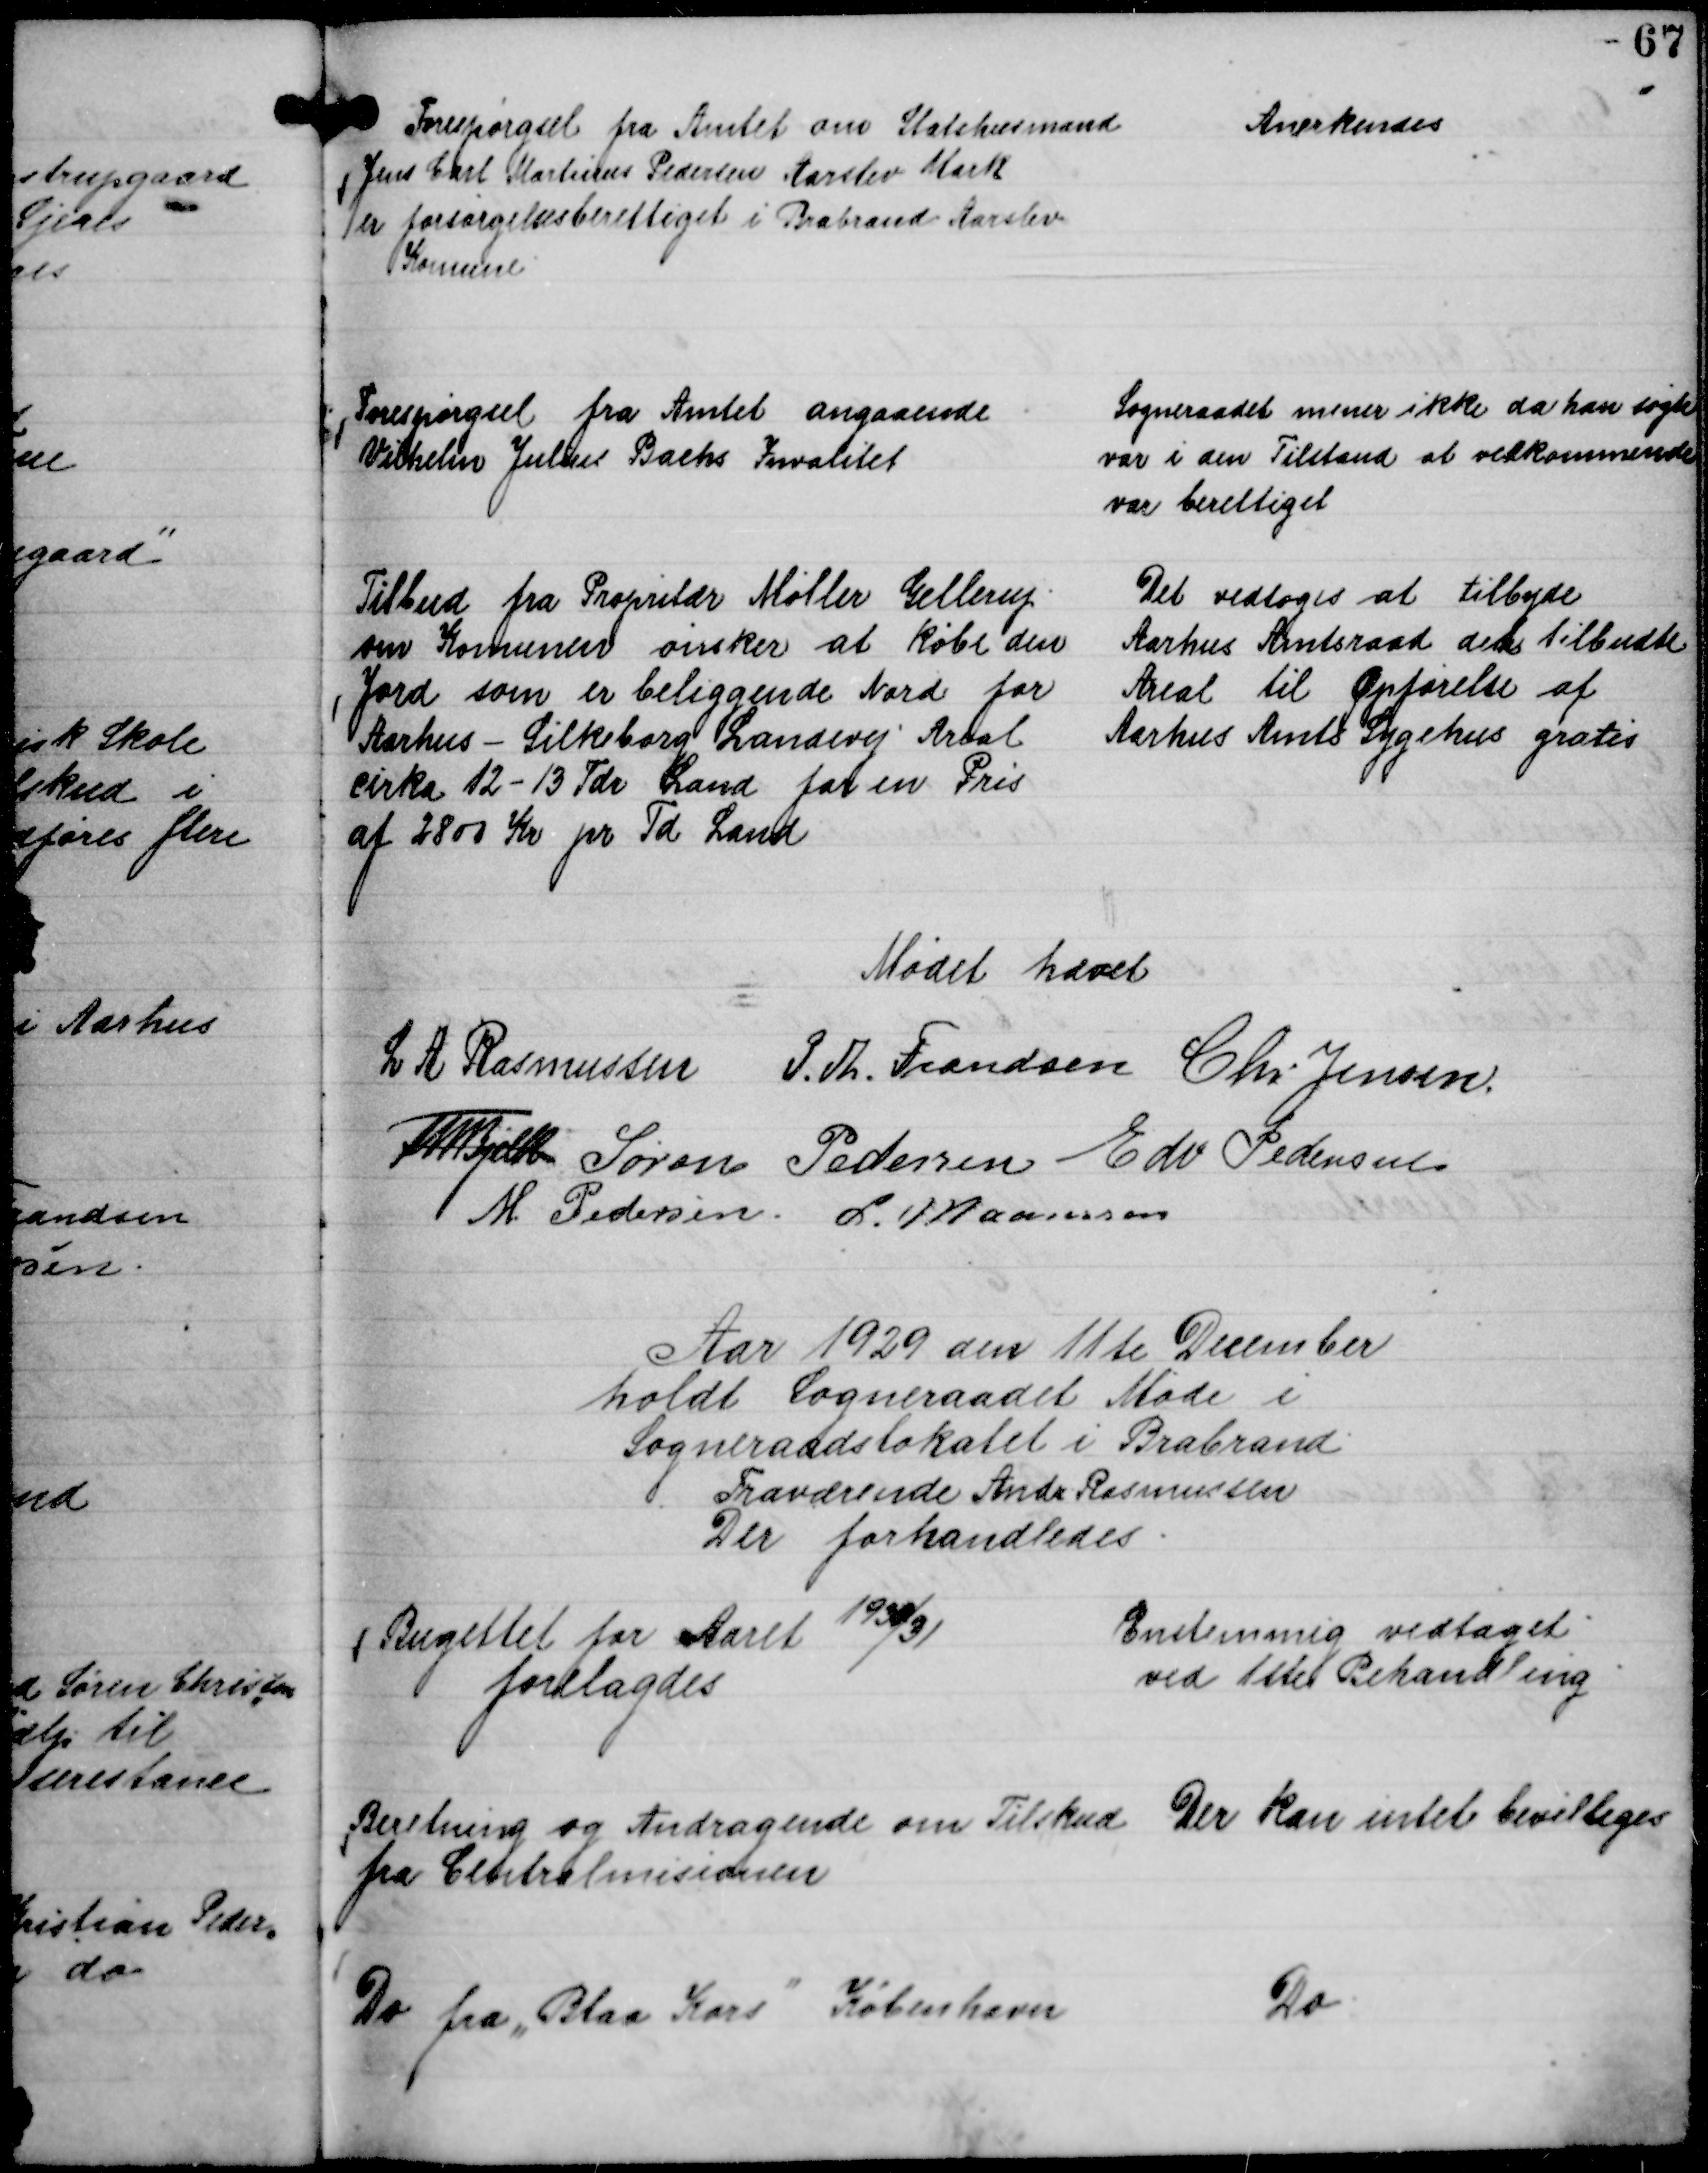
Transskription:
Forespørgsel fra Amtet om Statshusmand
Jens Carl Martinus Pedersen Aarslev Mark
er forsørgelsesberettiget i Brabrand Aarslev
Komune

Anerkendes

Forespørgsel fra Amtet angaaende
Vilhelm Julius Bachs Invalitet

Sogneraadet mener ikke da han søgte
var i den Tilstand at vedkommende
var berettiget

Tilbud fra Propritær Møller Gellerup
om Komunen ønsker at købe den
Jord som er beliggende Nord for
Aarhus - Silkeborg Landevej Areal
cirka 12 - 13 Tdr Land for en Pris
af 2800 Kr pr Td Land

Det vedtoges at tilbyde
Aarhus Amtsraad det tilbudte
Areal til Opførelse af
Aarhus Amts Sygehus gratis

Mødet hævet
L A Rasmussen
P. Th. Frandsen
Chr Jensen.
Th Bjelke
Søren Pedersen
Edv Pedersen
M. Pedersen.
L. Maansson

Aar 1929 den 11 te December
holdt Sogneraadet Møde i
Sogneraadslokalet i Brabrand
Fraværende Andr. Rasmussen
Der forhandledes.

Budgettet for Aaret
1930/31
forelagdes

Enstemmig vedtaget
ved 1 ste Behandling

Beretning og Andragende om Tilskud
fra Centralmisionen

Der kan intet bevilliges

Do fra "Blaa Kors"

København

Do.